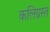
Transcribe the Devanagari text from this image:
कलिग्रस्त